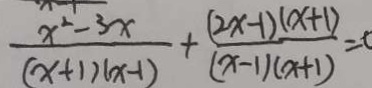
\frac { x ^ { 2 } - 3 x } { ( x + 1 ) ( x - 1 ) } + \frac { ( 2 x - 1 ) ( x + 1 ) } { ( x - 1 ) ( x + 1 ) } = c